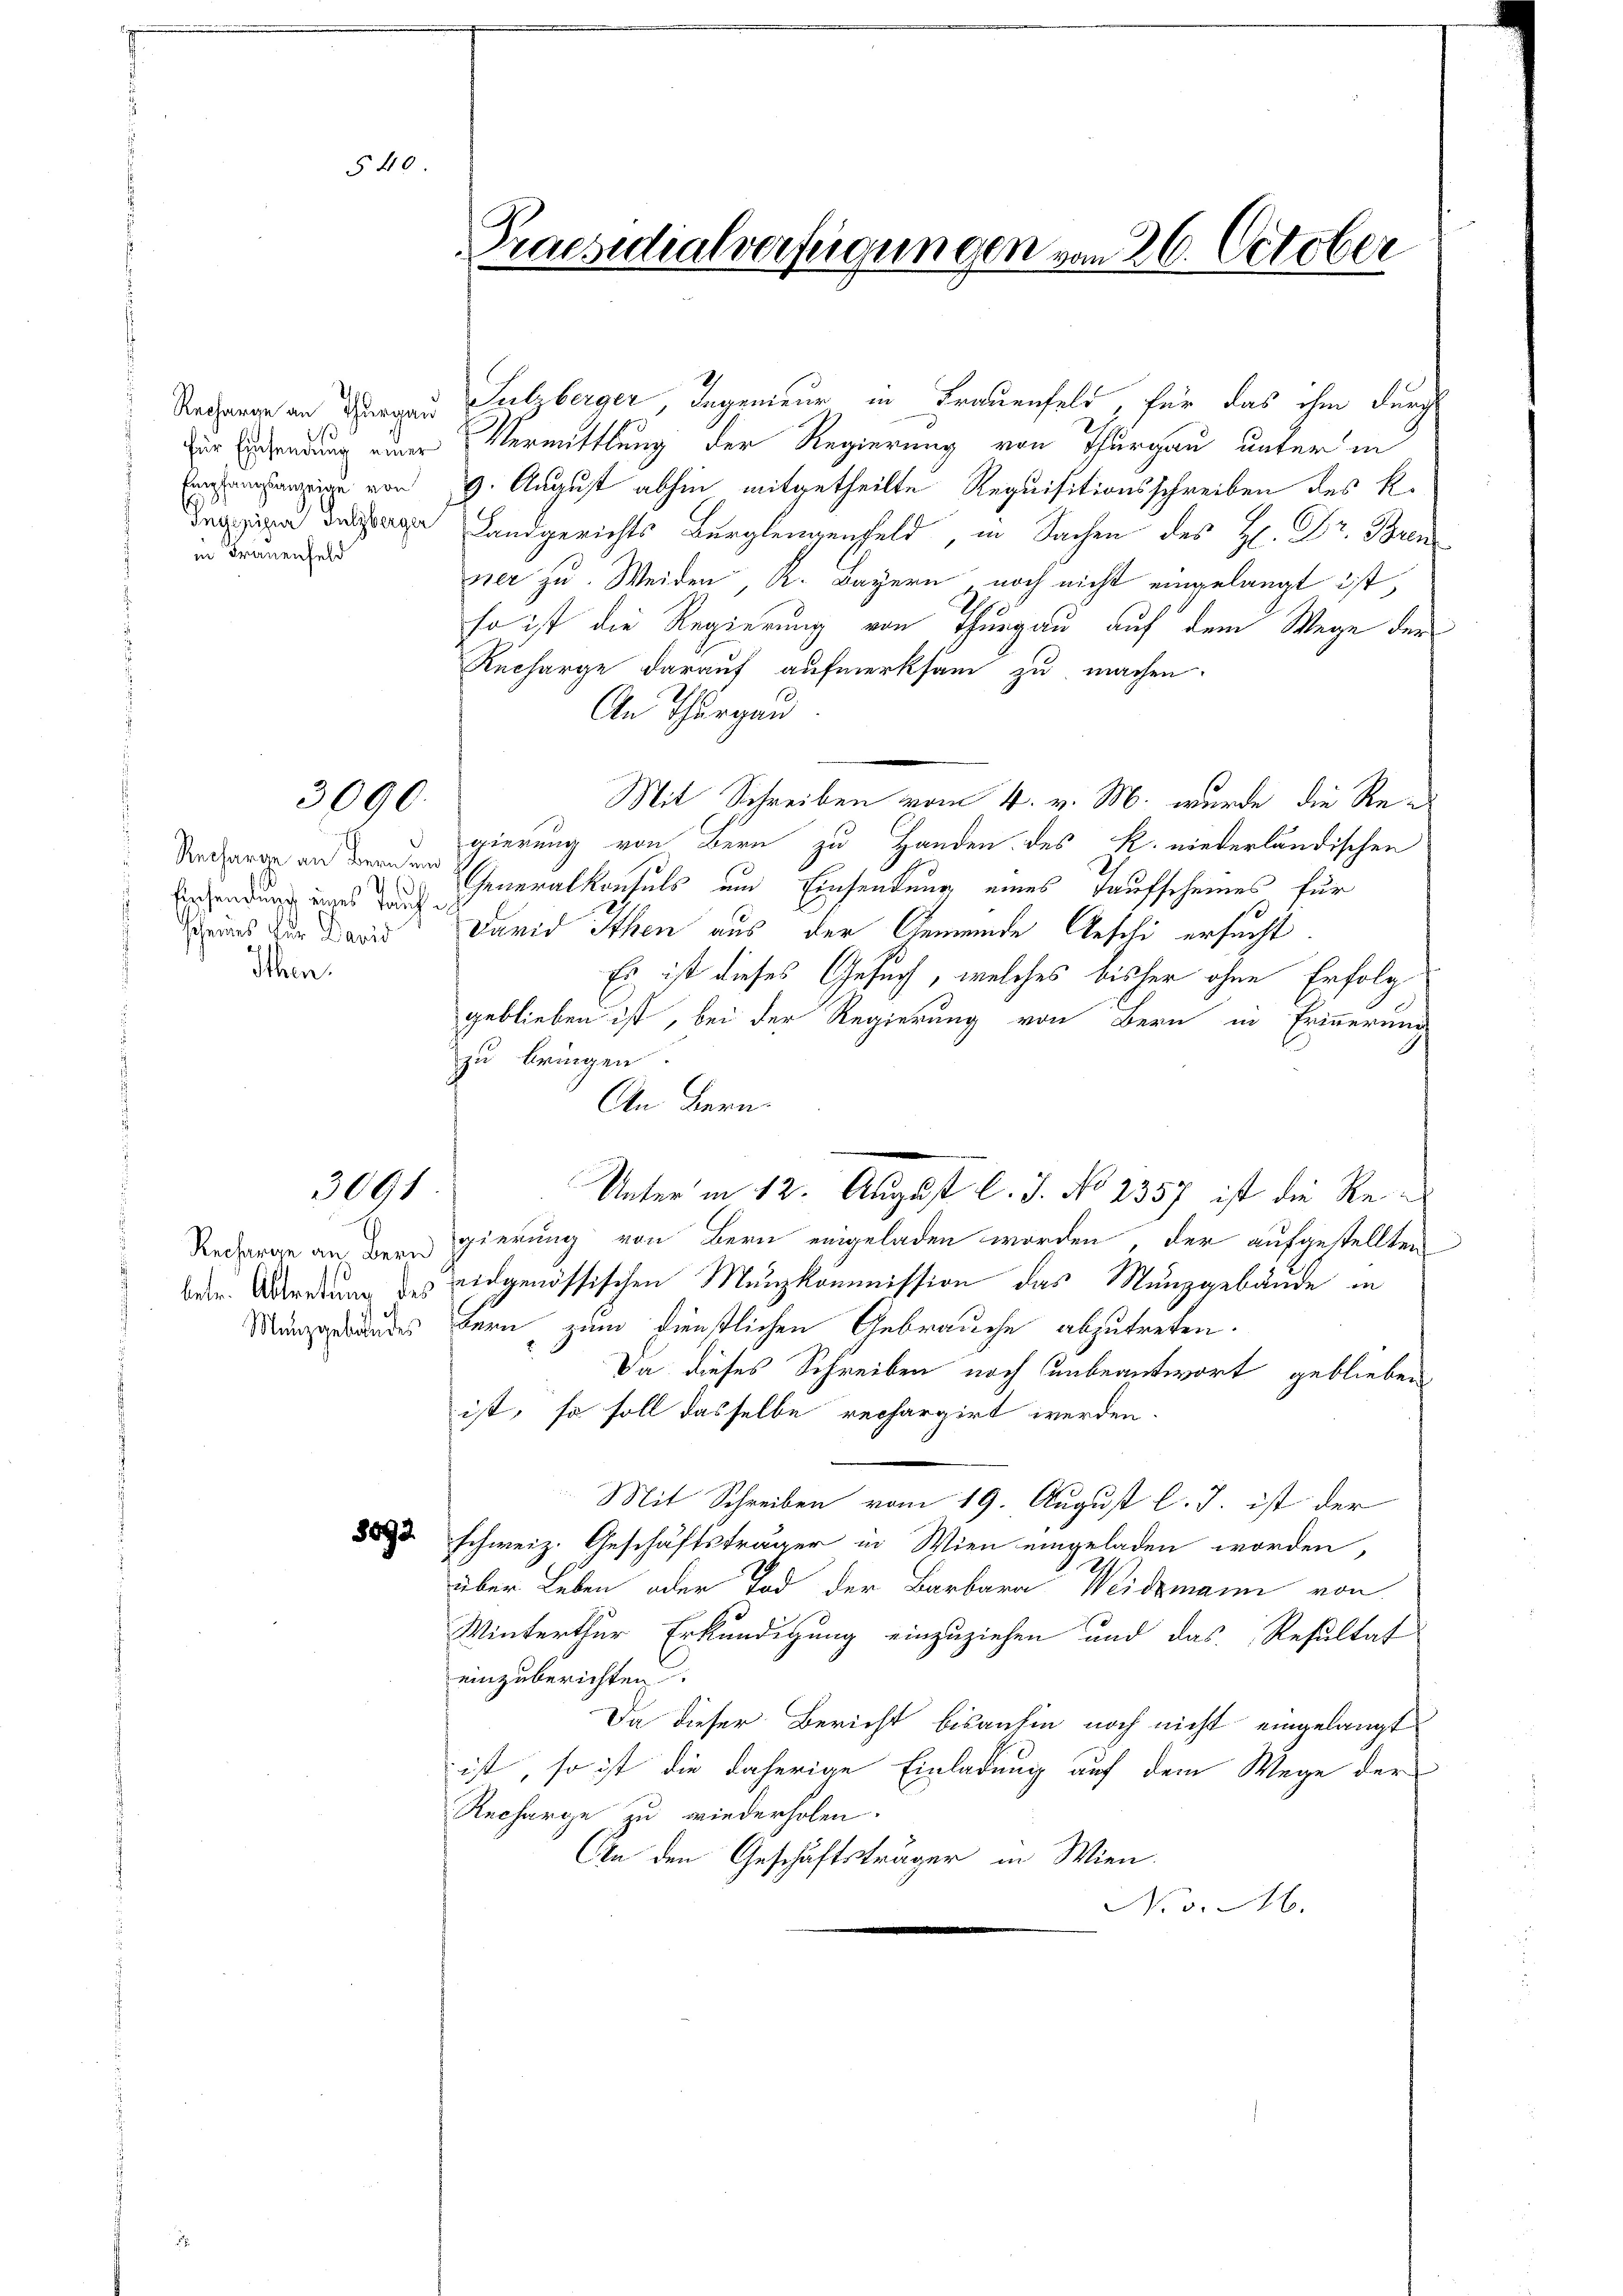
Empfangsanzeige von
in Frauenfeld

Rechange an Bern und
Ersendung eines Tauch e
scheines für David
Ithen.

3090.

3091

540
Praesidialverfügungen vom 26. October
u

Uechange an Thurgau Sulzberger, Ingenieur in Frauenfeld, für das ihm durch
r sendung einer Vermittlung der Regierung von Thurgau unter in
9. August abhin mitgetheilte Requisitionsschreiben des R.
 Landgerichts Berglengenfeld, in Sachen des H. Dr. Bren
ner zu. Weiden, A. Bayern, noch nicht eingelangt ist,
so ist die Regierung von Thurgau auf dem Wege der
Rucharge darauf aufmerksam zu machen.
An Thurgau
Mit Schreiben vom 4. v. M. wurde die Re-
gierung von Bern zu Handen des R. niederländischen
Generalkonsuls und Einsendung eines Taufscheines für
David Ithen aus der Gemeinde Aeschi ersucht.
Es ist dieses Gesuch, welches bisher ohne Erfolg
geblieben ist, bei der Regierung von Bern in Erinnerung
zu bringen.
An Bern.
Unter in 12. August l. J. No 2357 ist die Re¬
Redran an dergierung von Bern eingeladen worden, der aufgestellten
ber. Wendung des eidgenössischen Munzkommission das Munzgebäude in
ngrundes Bern zum dienstlichen Gebrauche abzutreten.
Da dieses Schreiben noch unbeantwort geblieben
ist, so soll dasselbe rechargirt werden.
.
Mit Schreiben vom 19. August l. J. ist der
 schweiz. Geschäftsträger in Wien eingeladen worden,
über Leben oder Tod der Barbara Weidmann von
Winterthur Erkundigung einzuziehen und das Resultat
einzuberichten
Da dieser Bericht bisanhin noch nicht eingelangt
ist, so ist die daherige Einladung auf dem Wege der
Recharge zu wiederholen.
An den Geschäftsträger in Wien.
Nov. 16.